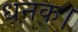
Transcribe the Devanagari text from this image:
धनक।